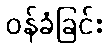
ဝန်ခံခြင်း